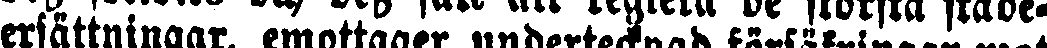
ersättningar, emottager undertecknad försäkringar mot